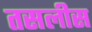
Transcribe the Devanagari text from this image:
तसलीस